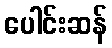
ပေါင်းဆန်